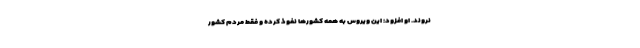
نروند. او افزود: این ویروس به همه کشورها نفوذ کرده و فقط مردم کشور